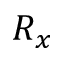
R _ { x }